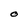
Character: O